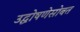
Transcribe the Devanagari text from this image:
उद्घोषणेसोबत